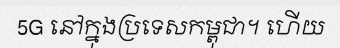
5G នៅក្នុងប្រទេសកម្ពុជា។ ហើយ